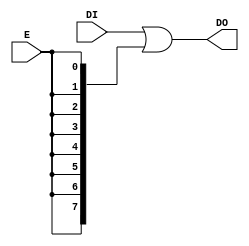
module LED_BL(input [7:0] DI, output wire [7:0] DO,
              input E );

  assign DO= DI | {8{E}} ;

endmodule